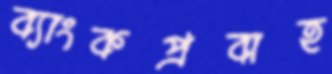
ব্যাংকপ্রবাহ